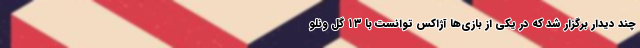
چند دیدار برگزار شد که در یکی از بازی‌ها آژاکس توانست با ۱۳ گل ونلو